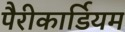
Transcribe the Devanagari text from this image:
पैरीकार्डियम